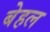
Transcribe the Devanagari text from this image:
बेहल